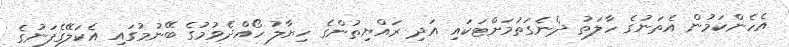
އެހެންކަމުން އެތަނުގެ ހާލަތު ދެނެގަތުމަށްޓަކައި އަދި ރައްޔިތުންގެ ހިޔާލު ހޯއްދެވުމުގެ ބޭނުމުގައި އެކަލޭގެފަނުގެ